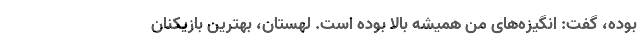
بوده، گفت: انگیزه‌های من همیشه بالا بوده است. لهستان، بهترین بازیکنان